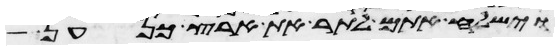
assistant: וישלח אתם לתור את ארץ כנען